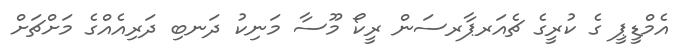
އެމްޑީޕީ ގެ ކުރީގެ ޗެއަރޕާރސަން ރީކޯ މޫސާ މަނިކު ދަނބި ދަރިއެއްގެ މަށްޗަށް